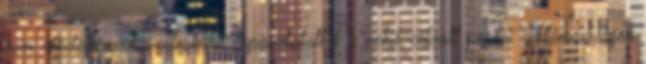
nem rendelkeznek széleskörű tapasztalattal a nekik célzott postai reklámanyagok